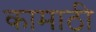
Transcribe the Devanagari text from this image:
कामाठी